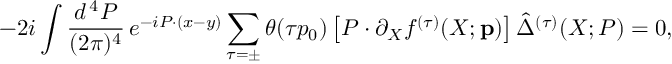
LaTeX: - 2 i \int \frac { d ^ { \, 4 } P } { ( 2 \pi ) ^ { 4 } } \, e ^ { - i P \cdot ( x - y ) } \sum _ { \tau = \pm } \theta ( \tau p _ { 0 } ) \left[ P \cdot \partial _ { X } f ^ { ( \tau ) } ( X ; { \bf p } ) \right] \hat { \Delta } ^ { ( \tau ) } ( X ; P ) = 0 ,